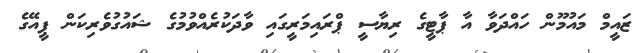
ޒައީމް މައުމޫން ހައްދަވާ އާ ޕާޓީގެ ރިޔާސީ ޕްރައިމަރީގައި ވާދަކުރެއްވުމުގެ ޝައުގުވެރިކަން ޕީއޭގެ